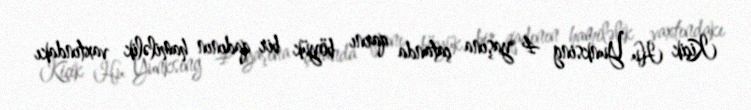
Kiçik Hu Yunksing 4 yaşına çatanda qarnı böyük bir qadının hamiləlik vaxtındakı